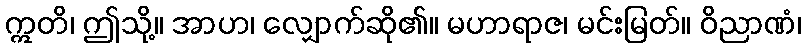
ဣတိ၊ ဤသို့။ အာဟ၊ လျှောက်ဆို၏။ မဟာရာဇ၊ မင်းမြတ်။ ဝိညာဏံ၊